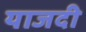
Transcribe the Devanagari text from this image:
याजदी